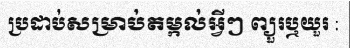
ប្រដាប់សម្រាប់តម្កល់អ្វីៗ ព្យួរឬយួរ :